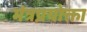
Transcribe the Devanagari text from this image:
मंत्रप्रयोक्ता